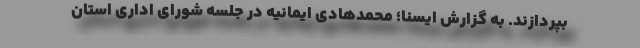
بپردازند. به گزارش ایسنا؛ محمدهادی ایمانیه در جلسه شورای اداری استان